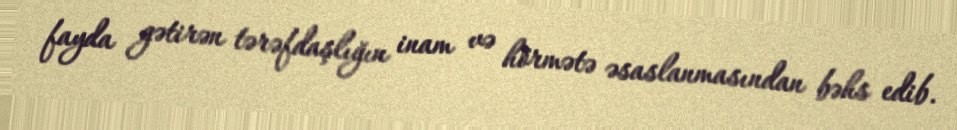
fayda gətirən tərəfdaşlığın inam və hörmətə əsaslanmasından bəhs edib.